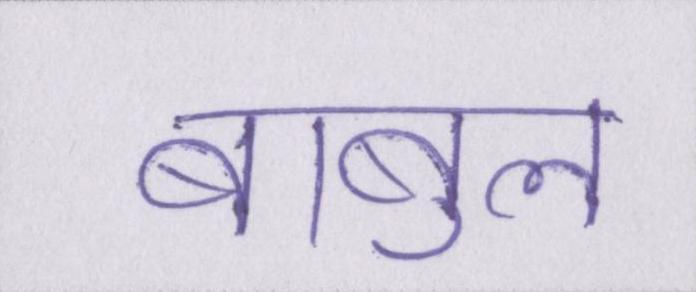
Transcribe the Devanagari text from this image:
बाबुल